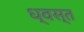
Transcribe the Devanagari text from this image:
ध्वस्‍त